King Institute of Preventive Medicine Micro-Biological Section reports 1909-11
Year: 1909
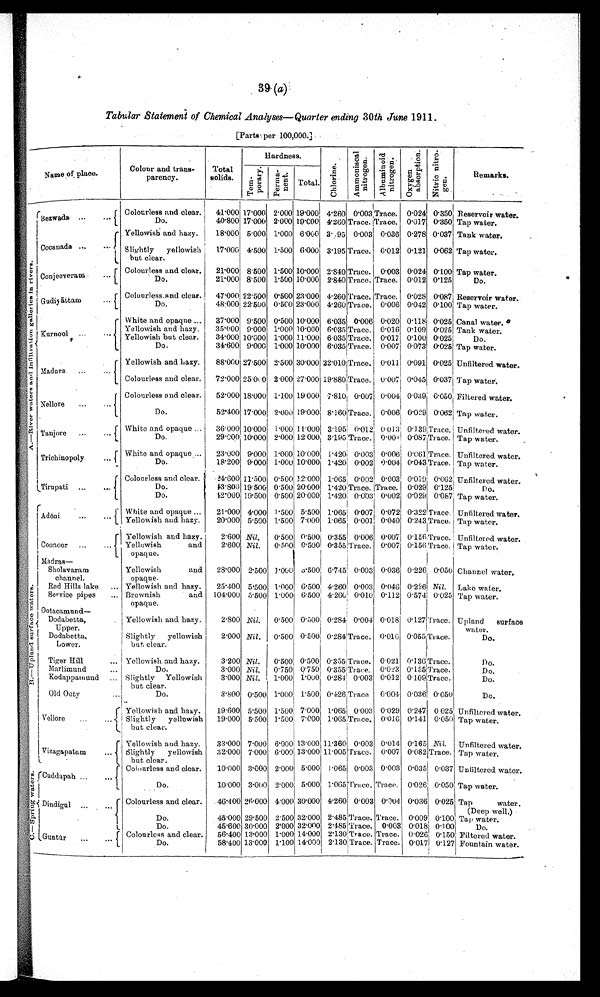
39 (a)
Tabular Statement of Chemical Analyses—Quarter ending 30th June 1911.
[Parts per 100,000.]
A . — R i v e r w a t e r s a n d i n f i l t r a t i o n g a l l e r i e s i n r i v e r s .
Name of place.
Colour and trans
¬parency.
Total
solids.
Hardness.
C h l o r i n e .
A m m o n i a c a l n i t r o g e n .
A l b u m i n o i d n i t r o g e n .
O x y g e n a b s o r p t i o n .
N i t r i c n i t r o g e n .
Remarks.
T e m ¬ p o r a r y . Perma¬nent.
Total.
Bezwada
...
. . .
Colourless and clear.
41.000 17.000 2.000 19.000 4.260
0 . 0 0 3
Trace.
0.024 0.350
R e s e r v i o r w a t e r .
Do.
4 0 . 8 0 017.000 2.000
1 9 . 0 0 0
4.260Trace. Trace.
0.017 0.350 Tap water.
Cocanada ...
Yellowish and hazy.
18.000 5.000 1.000 6.000 3.[illegible]95 0.003 0.036 0.278 0.037 Tank water.
Slightly yellowish
but clear.
17.000 4.500 1.500 6.000 3.195 Trace. 0.012 0.121 0.062 Tap water.
Conjeevaram... ...
Colourless and clear.
21.000 8.500 1.500 10.000 2.840
T r a c e . 0.003 0.024 0.100 Tap water.
Do.
21.000 8.500 1.500 10.000 2.840 Trace. Trace. 0.012 0.125
Do.
Gudiyāttam
...
Colourless and clear.
47.000 22.500 0.500 23.000 4.260 Trace. Trace. 0.028 0.087 Reservoir water.
Do.
48.000 22.500 0.500 23.000 4.260 Trace. 0.006 0.042 0.100 Tap water.
Kurnool
...
...
White and opaque ...
37.000 9.500 0.500 10.000 6.035 0.006 0.020 0.118 0.025 Canal water.
Yellowish and hazy.
35.000 9.000 1.000 10.000 6.035 Trace. 0.016 0.109 0.025 Tank water.
Yellowish but clear.
34.000 10.000 1.000 11.000 6.035 Trace. 0.017 0.100 0.025
Do.
Do.
34.600 9.000 1.000 10.000
6 . 0 3 5
Trace. 0.007i 0.073 0.025 Tap water.
Madura
...
...
Yellowish and hazy.
88.000 27.500 2.500 30.000
2 2 . 0 1 0
Trace. 0.011 0.091 0.025 Unfiltered water.
Colourless and clear.
72.000 25.000 2.000 27.000
1 9 . 8 8 0
T r a c e . 0.007 0.045 0.037 Tap water.
Nellore
...
...
Colourless and clear.
52.000 18.000 1.100 19.000
7 . 8 1 0 0.007 0.004 0.039
0 . 0 5 0 Filtered water.
Do.
52.400 17.000 2.000 19.000 8.160 Trace. 0.006 0.029 0.062 Tap water.
Tanjore
...
...
White and opaque ...
36.000 10.000 1.000 11.000 3.195 0.012 0.013 0.139 Trace. Unfiltered water.
Do.
29.000 10.000 2.000 12.000
3 . 1 9 5
Trace. 0.00[illegible] 0.087 Trace. Tap water.
Trichinopoly ...
White and opaque ...
23.000 9.000 1.000 10.000 1.420 0.003 0.006 0.061 Trace. Unfiltered water.
Do.
18.200 9.000 1.000 10.000 1.420 0.002 0.004 0.043 Trace. Tap water.
Tirupati ...
...
Colourless and clear.
[ i l l e g i b l e ] 4 . 6 0 0 11.500 0.500 12.000 1.065 0.002 0.003 0.019 0.062 Unfiltered water.
Do.
43.800 19.500 0.500 20.000 1.420 Trace.Trace. 0.029 0.125
Do.
Do.
42.000 19.500 0.500 20.000 1.420 0.003 0.002 0.029 0.087 Tap water.
Adōni
...
. . .
White and opaque ...
21.000 4.000 1.500 5.500 1.065 0.007 0.072 0.322 Trace. Unfiltered water.
Yellowish and. hazy.
20.000 5.500 1.500 7.000 1.065 0.001 0.040 0.243 Trace. Tap water.
Coonoor ...
.
Yellowish and hazy.
2.600 Nil .
0.500 0.500 0.355 0.006 0.007 0.156 Trace. Unfiltered water.
Yellowish and
opaque.
2.600 Nil .
0.500 0.500
0 . 3 5 5
Trace. 0.007 0.156 Trace. Tap water.
B . — U p l a n d s u r f a c e w a t e r s .
Madras
—Sholavara
ram channel.
Yellowish and
opaque.
28.000 2.500 1.000
[ i l l e g i b l e ] . 5 0 0 6.745 0.003 0.036 0.226 0.050 Channel water.
Red Hills lake
... Yellowish and hazy.
25.400 5.500 1.000 6.500 4.260 0.003 0.046 0.226 Nil. Lake water.
Service pipes
... Brownish and
opaque.
104.000 5.500 1.000 6.500 4.260 0.010 0.112 0.574 0.025 Tap water.
Ootacamund
—Dodabetta,
Upper.
Dodabetta,
Lower.
Yellowish and. hazy.
2.800 Nil.
0.500 0.500 0.284 0.004 0.018 0.127 Trace. Upland surface
water.
Slightly yellowish
but clear.
2.000 Nil .
0.500 0.500
0 . 2 8 4
Trace. 0.010 0.055 Trace.
Do.
Tiger Hill
... Yellowish and hazy.
3.200 Nil .
0.500 0.500
0 . 3 5 5
Trace. 0.021
0 . 1 3 6
Trace.
Do.
Marlimund
Do.
3.000 Nil.
0.750 0.750
0 . 3 5 5
Trace. 0.023 0.155 Trace.
Do.
Kodappamund
... Slightly Yellowish
but clear.
3.000
N i l
.
1.000 1.000 0.284 0.003 0.012 0.109. Trace.
Do.
Old Ooty
..
Do.
3.800 0.500 1.000 1.500 0.426 Trace
0.004 0.036
0 . 0 5 0
Do.
Vellore
...
...
Yellowish and hazy.
19.600 5.500 1.500 7.000 1.065
0 . 0 0 3
0.029 0.247 0.025 Unfiltered water.
Slightly yellowish
but clear.
19.000 5.500 1.500 7.000
1 . 0 6 5
T r a c e . 0.016 0.141 0.050 Tap water.
Vizagapatam
...
Yellowish and. hazy.
33.000 7.000 6.000 13.000 11.360 0.003 0.014 0.165 Nil.
Unfiltered water.
Slightly yellowish
but clear.
32.000 7.000
6 . 0 0 0 13.000
1 1 . 0 0 5 Trace. 0.007 0.082 Trace. Tap water.
C . — S p r i n g w a t e r s . Cuddapah ...
...
Colourless and clear.
10.000 3.000 2.000 5.000 1.065 0.003 0.003 0.035 0.037 Unfiltered. water.
Do.
10.000 3.000 2.000 5.000 1.065Trace. Trace. 0.026 0.050 Tap water.
Dindigul ...
Colourless and clear.
46.400 26.000 4.000 30.000 4.260 0.003 0.004 0.036 0.025 Tap water. (Deep well.)
Do.
45.000 29.500 2.500 32.000 2.485 Trace. Trace. 0.009 0.100 Tap water.
Do.
45.600 30.000 2.000 32.000 2.485 Trace. 0.003 0.018 0.100
Do.
Guntūr
.
..
Colourless and clear.
56.400 13.000 1.000 14.000 2.130 Trace. Trace. 0.026 0.150 Filtered water.
Do.
58.400 13.000 1.100 14.000
2 . 1 3 0
T r a c e .
T r a c e . 0.017 0.127 Fountain water.